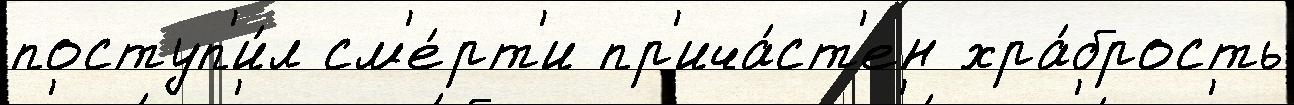
поступ'и́л см'е́рт'и пр'ича́ст'ен хра́брость